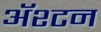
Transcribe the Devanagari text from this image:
ॲश्टन